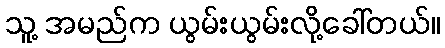
သူ့ အမည်က ယွမ်းယွမ်းလို့ခေါ်တယ်။